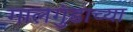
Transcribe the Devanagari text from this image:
गालगुंडाच्या